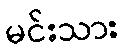
မင်းသား